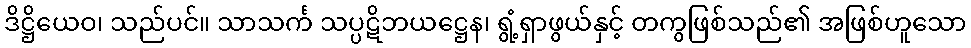
ဒိဋ္ဌိယေဝ၊ သည်ပင်။ သာသင်္က သပ္ပဋိဘယဋ္ဌေန၊ ရွံ့ရှာဖွယ်နှင့် တကွဖြစ်သည်၏ အဖြစ်ဟူသော